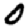
Digit: 0